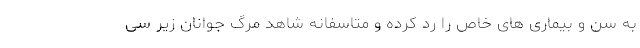
به سن و بیماری های خاص را رد کرده و متاسفانه شاهد مرگ جوانان زیر سی